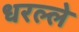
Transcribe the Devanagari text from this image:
धरल्ले